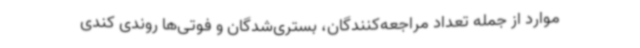
موارد از جمله تعداد مراجعه‌کنندگان، بستری‌شدگان و فوتی‌ها روندی کندی